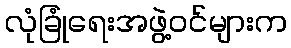
လုံခြုံရေးအဖွဲ့ဝင်များက